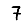
Digit: 7